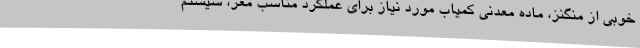
خوبی از منگنز، ماده معدنی کمیاب مورد نیاز برای عملکرد مناسب مغز، سیستم